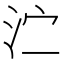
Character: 𰛑